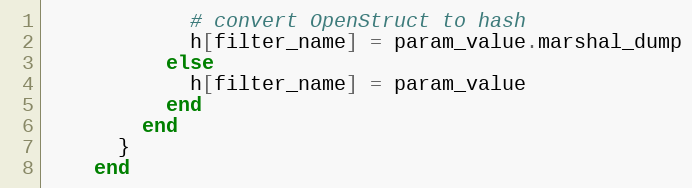
Language: Ruby
            # convert OpenStruct to hash
            h[filter_name] = param_value.marshal_dump
          else
            h[filter_name] = param_value
          end
        end
      }
    end